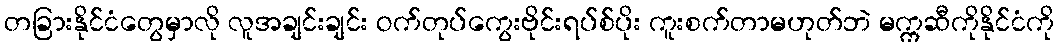
တခြားနိုင်ငံတွေမှာလို လူအချင်းချင်း ဝက်တုပ်ကွေးဗိုင်းရပ်စ်ပိုး ကူးစက်တာမဟုတ်ဘဲ မက္ကဆီကိုနိုင်ငံကို